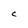
Character: C